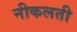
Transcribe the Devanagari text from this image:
नीकलती